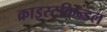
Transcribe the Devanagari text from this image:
क्राइस्टकिन्डल